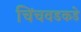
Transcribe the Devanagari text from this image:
चिंचवडकडे